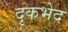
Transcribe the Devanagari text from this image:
दृकभेद